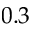
0 . 3